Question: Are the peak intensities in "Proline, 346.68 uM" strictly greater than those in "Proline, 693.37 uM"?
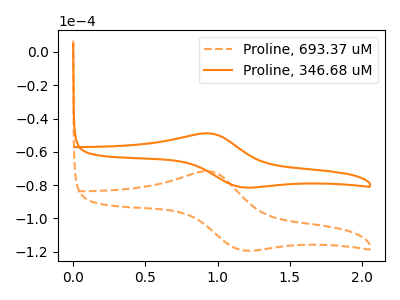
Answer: <think>The orange dashed curve "Proline, 693.37 uM" has an anodic peak at (0.95V, -71.70uA) and a cathodic peak at (1.20V, -119.15uA). The orange curve "Proline, 346.68 uM" has an anodic peak at (0.95V, -48.95uA) and a cathodic peak at (1.20V, -81.30uA).</think>
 <answer>The peaks in "Proline, 346.68 uM" are neither all higher or all lower than the peaks in "Proline, 693.37 uM".</answer>
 <eval>mixed</eval>